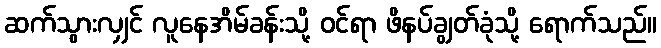
ဆက်သွားလျှင် လူနေအိမ်ခန်းသို့ ဝင်ရာ ဖိနပ်ချွတ်ခုံသို့ ရောက်သည်။